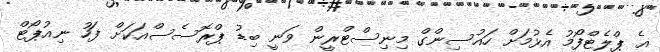
އެ ޕްލެޓްފޯމު އެޅުމަށް ހައުސިންގް މިނިސްޓްރީން ވަނީ ބިޑު ޕްރޮސެސްއަކަށް ފަހު ނިއުޕޯޓް